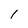
Character: 1